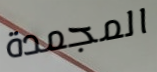
المجمدة